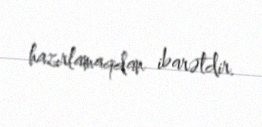
hazırlamaqdan ibarətdir.